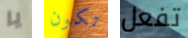
يا تكون تفعل